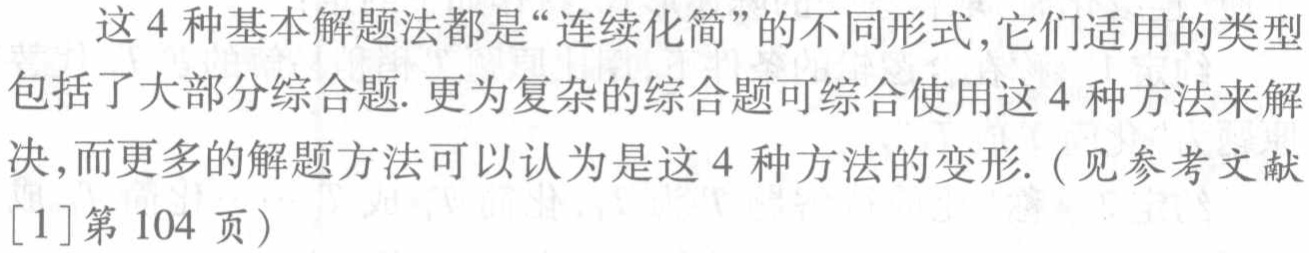
这4种基本解题法都是“连续化简”的不同形式,它们适用的类型包括了大部分综合题. 更为复杂的综合题可综合使用这4种方法来解决,而更多的解题方法可以认为是这4种方法的变形. (见参考文献[1]第104页)